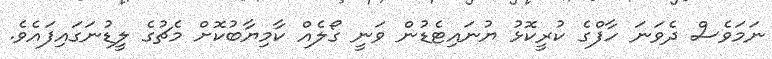
ނަމަވެސް ދެވަނަ ހާފްގެ ކުރީކޮޅު ޔުނައިޓެޑުން ވަނީ ގޯލެއް ކާމިޔާބުކޮށް މެޗުގެ ލީޑުނަގައިފައެވެ.